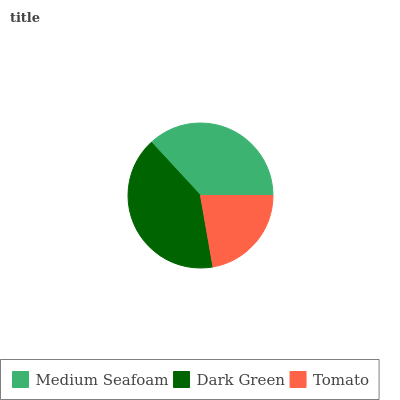
| Medium Seafoam | Dark Green | Tomato |
 | --- | --- | --- |
 | 36.9% | 40.9% | 22.3% |